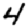
Digit: 4